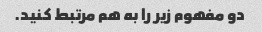
دو مفهوم زیر را به هم مرتبط کنید.